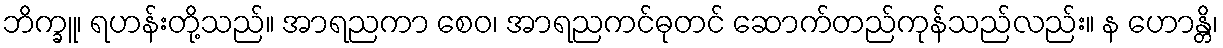
ဘိက္ခူ၊ ရဟန်းတို့သည်။ အာရညကာ စေဝ၊ အာရညကင်ဓုတင် ဆောက်တည်ကုန်သည်လည်း။ န ဟောန္တိ၊